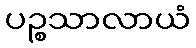
ပဉ္စသာလာယံ